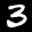
Label: 3